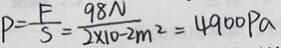
P = \frac { F } { S } = \frac { 9 8 N } { 2 \times 1 0 - 2 m ^ { 2 } } = 4 9 0 0 P a